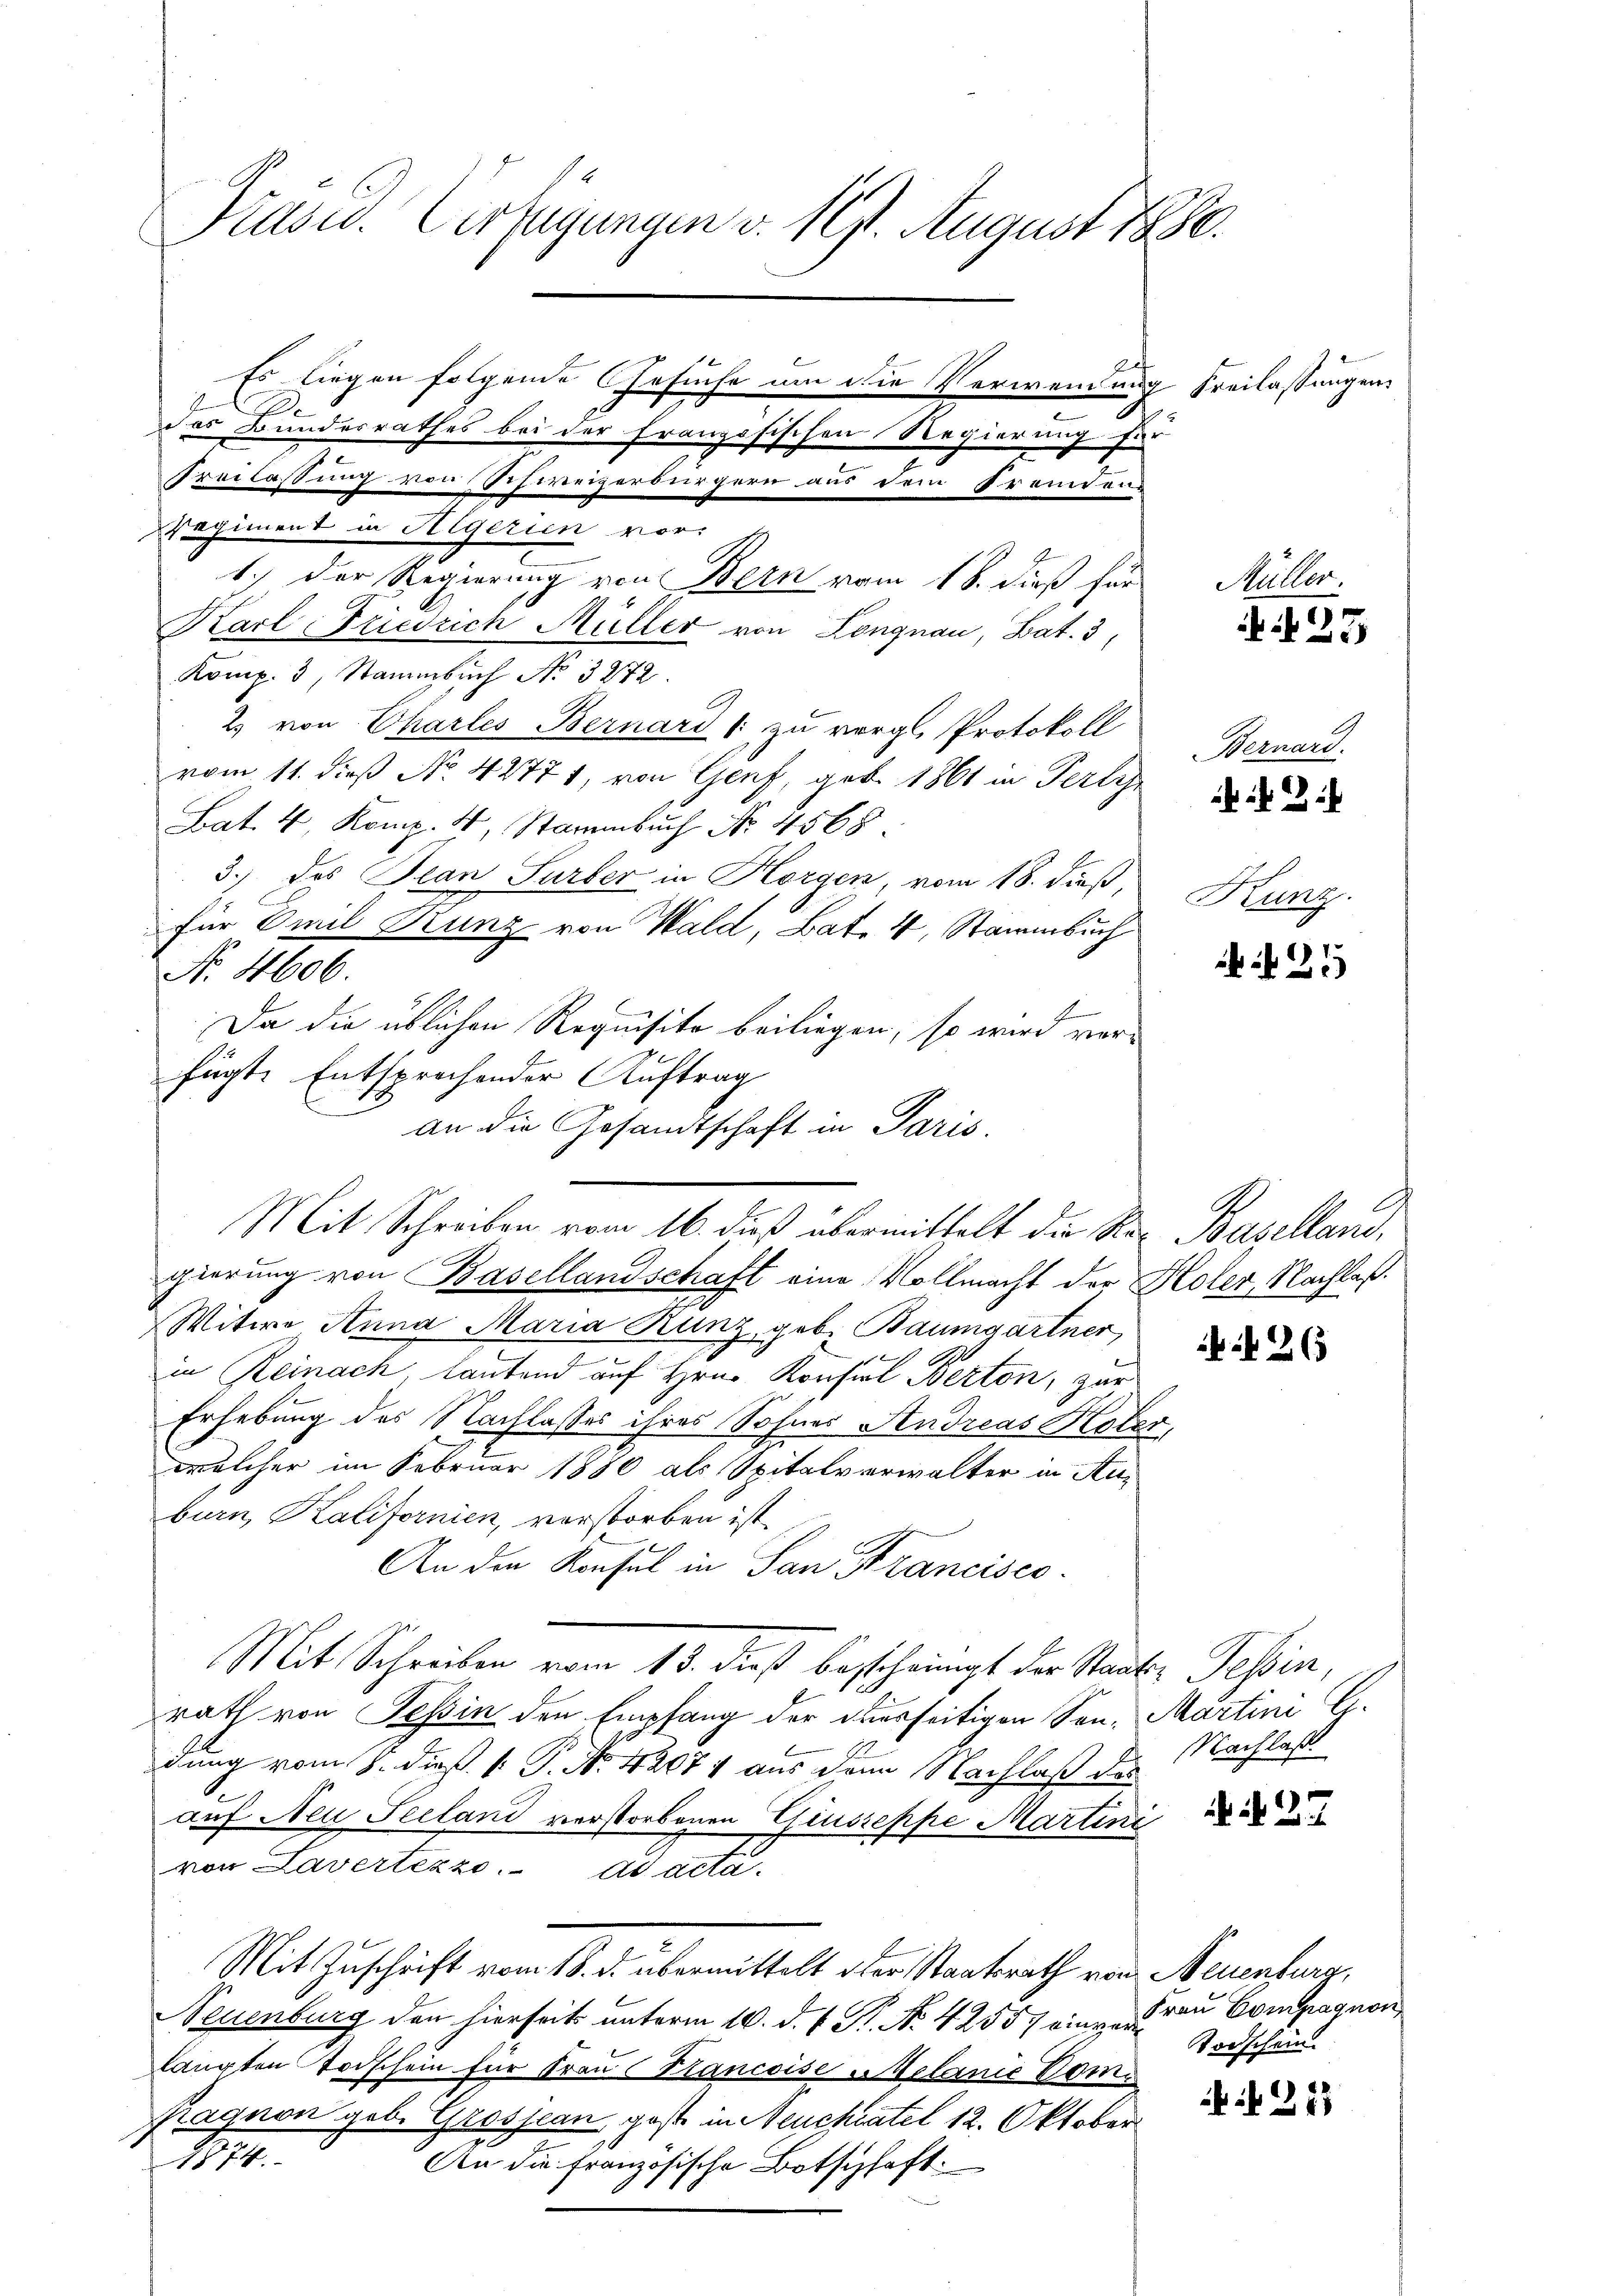
Präsid. Verfügungen v. 191. August 1880.
Es liegen folgende Gesuche um die Verwendung Freilassungen
das Bundesrathes bei der französischen Regierung für
Freilassung von Schweizerbürgern aus dem Fremden-
regiment in Aegerien vor:
1.) Der Regierung von Bern vom 18. dieß für
Müller.
Karl Friedrich Müller von Longnau, Bat. 3
Komp. 3, Stammbuch No. 3272.

2) von Charles Bernard 1: zu vergl. Protokoll
vom 11. dieß No. 42771, von Genf, geb. 1861 in Perles
Lat. 4, Komp. 4, Stammbuch No. 4568.
3.) des Plan Surber in Horgen, vom 18. dieß,
für Emil Bunz von Wald, Bate 4, Stammbuch
Nr. 4606.
Da die üblichen Requisito beiliegen, so wird vorfügte Entsprechender Auftrag
gierung von Basellandschaft eine Vollmacht der Holer, Nachlaß.
Witwe Anna Maria Runz, geb. Baumgartner,
in Reinach, lautend auf Hrn. Konsul Berton, zur
Erhebung des Nachlasses ihres Sohnes Andreas Kober
welcher im Februar 1880 als Spitalverwalter in An-
burn, Kalifornien, verstorben ist.
An die Konsul in San Francisco
Mit Schreiben vom 15. dieß beschringt der Staate Tessin,
rath von Tessin den Empfang der desseitigen Son-Martini G.
dung vom 8. dieß [ P. No. 42074 aus dem Nachlaß des
auf Neu Seeland verstorbenen Giuseppe Martini
von Lavertezzo. ad acta.
Mit Zuschrift vom 18. d. übermittelt oder Staatsrath von Neuenburg,
Neuenburg den hierseits unterm 10. d. J. St. No. 42557 eine au Compagnon
langten Todschein für Frau Francoise Belanić Vom¬
Ragnon geb. Grossean, geste in Neuchatel 12. Oktober
4874.
An die Französische Botschaft:

an die Gesandtschaft in Paris
Mit Schreiben vom 16. dieß übermittelt die Ster Baselland,

2

N. 27

Bernard.
Kunz.

2

25

26

Nachlaß.

N. 27

Todschein.

if. 213